Vaccination Hyderabad 1872-1889 - 1872-1889
Year: 1872
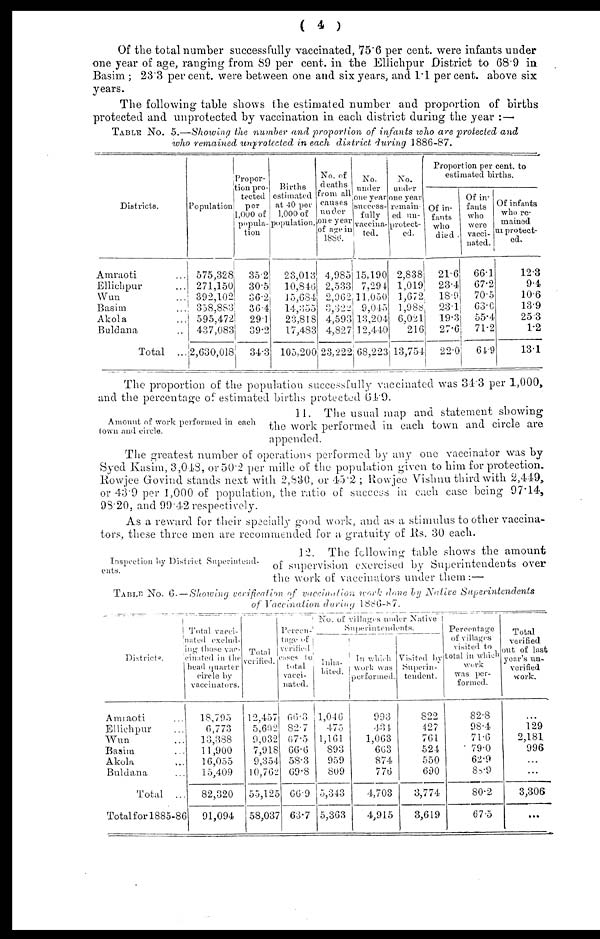
( 4 )
Of the total number successfully vaccinated, 75.6 per cent. were infants under
one year of age, ranging from 89 per cent. in the Ellichpur District to 68.9 in
Basim; 23.3 per cent. were between one and six years, and 1.1 per cent. above six
years.
The following table shows the estimated number and proportion of births
protected and unprotected by vaccination in each district during the year :—
TABLE No. 5.—Showing the number and proportion of infants who are protected and
who remained unprotected in each district during 1886-87.
Districts.
Amraoti ...
Ellichpur ...
Wun ...
Basim ...
Akola ...
Buldana ...
Total ...
Population
575,328
271,150
392,102
358,883
595,472
437,083
2,630,018
Propor-
tion pro-
tected
per
1,000 of
popula-
tion
352
30.5
36.2
36.4
291
39.2
34.3
Births
estimated
at 40 per
1,000 of
population.
23,013
10,846
15,684
14,355
23,818
17,483
105,200
No. of
deaths
from all
causes
under
one year
of age in
1886.
4,985
2,533
2,962
3,322
4,593
4,827
23,222
No.
under
one year
success-
fully
vaccina-
ted.
15,190
7,294
11,050
9,045
13,204
12,440
68,223
No.
under
one year
remain-
ed un-
protect-
ed.
2,838
1,019
1,672
1,988
6,021
216
13,754
Proportion per cent. to
estimated births.
Of in-
fants
who
died .
21.6
23.4
18.9
23.1
19.3
27.6
22.0
Of in-
fants
who
were
vacci-
nated.
66.1
67.2
70.5
63.0
55.4
71.2
64.9
Of infants
who re-
mained
un protect-
ed.
12.3
9.4
10.6
13.9
25.3
1.2
13.1
The proportion of the population successfully vaccinated was 34.3 per 1,000,
and the percentage of estimated births protected 64.9.
Amount of work performed in each
town and circle.
11. The usual map and statement showing
the work performed in each town and circle are
appended.
The greatest number of operations performed by any one vaccinator was by
Syed Kasim, 3,048, or 50.2 per mille of the population given to him for protection.
Rowjee Govind stands next with 2,830, or 45.2; Rowjee Vishnu third with 2,449,
or 43.9 per 1,000 of population, the ratio of success in each case being 97.14,
98.20, and 99.42 respectively.
As a reward for their specially good work, and as a stimulus to other vaccina-
tors, these three men are recommended for a gratuity of Rs. 30 each.
Inspection by District Superintend-
ents.
12. The following table shows the amount
of supervision exercised by Superintendents over
the work of vaccinators under them:—
TABLE No. 6. — Showing verification of vaccination work done by Native
Superintendents
of Vaccination during 1886-87.
Districts.
Amraoti ...
Ellichpur ...
Wun ...
Basim ...
Akola ...
Buldana ...
Total ...
Total for 1885-86
Total vacci-
nated exclud-
ing those vac-
cinated in the
head quarter
circle by
vaccinators.
18,795
6,773
13,388
11,900
16,055
15,409
82,320
91,094
Total
verified.
12,457
5,602
9,032
7,918
9,354
10,762
55,125
58,037
Percen-
tage of
verified
cases
to
total
vacci-
nated.
66.3
82.7
67.5
66.6
58.3
69.8
66.9
63.7
No. of villages under Native
Superintendents.
Inha-
bited.
1,046
475
1,161
893
959
809
5,343
5,363
In which
work was
performed.
993
434
1,063
663
874
776
4,703
4,915
Visited by
Superin-
tendent.
822
427
761
524
550
690
3,774
3,619
Percentage
of villages
visited to
total in which
work
was per-
formed.
82.8
98.4
71.6
79.0
62.9
88.9
80.2
67.5
Total
verified
out of last
year's un-
verified
work.
...
129
2,181
996
...
...
3,306
...